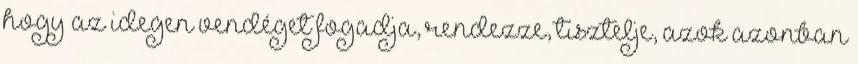
hogy az idegen vendéget fogadja, rendezze, tisztelje, azok azonban